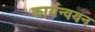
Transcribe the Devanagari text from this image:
कार्यन्वयन